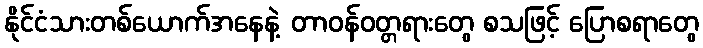
နိုင်ငံသားတစ်ယောက်အနေနဲ့ တာဝန်ဝတ္တရားတွေ စသဖြင့် ပြောစရာတွေ